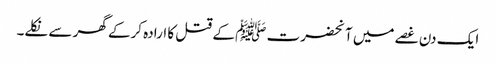
ایک دن غصے میں آنحضرت ﷺ کے قتل کا ارادہ کرکے گھر سے نکلے۔